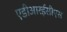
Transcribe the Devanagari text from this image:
एडीआरईसीएस